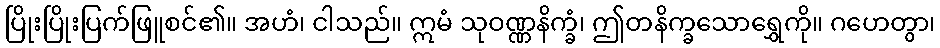
ပြိုးပြိုးပြက်ဖြူစင်၏။ အဟံ၊ ငါသည်။ ဣမံ သုဝဏ္ဏနိက္ခံ၊ ဤတနိက္ခသောရွှေကို။ ဂဟေတွာ၊